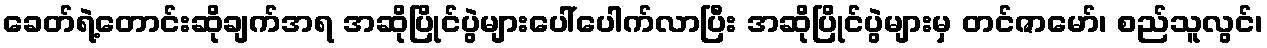
ခေတ်ရဲ့တောင်းဆိုချက်အရ အဆိုပြိုင်ပွဲများပေါ်ပေါက်လာပြီး အဆိုပြိုင်ပွဲများမှ တင်ဇာမော်၊ စည်သူလွင်၊